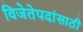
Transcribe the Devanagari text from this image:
विजेतेपदांसाठी